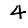
Digit: 4